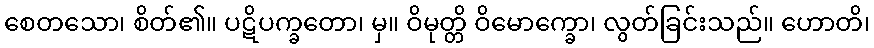
စေတသော၊ စိတ်၏။ ပဋိပက္ခတော၊ မှ။ ဝိမုတ္တိ ဝိမောက္ခော၊ လွတ်ခြင်းသည်။ ဟောတိ၊